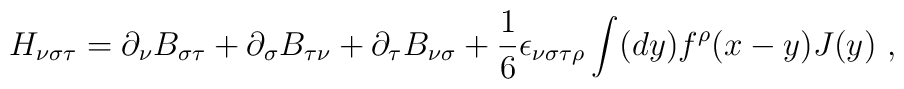
H_{\nu \sigma \tau }=\partial _{\nu }B_{\sigma \tau }+\partial _{\sigma}B_{\tau \nu }+\partial _{\tau }B_{\nu \sigma }+\frac{1}{6}\epsilon _{\nu\sigma \tau \rho }\int (dy)f^{\rho }(x-y)J(y)\ ,